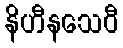
နိဟီနသေဝီ